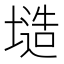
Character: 𭏤